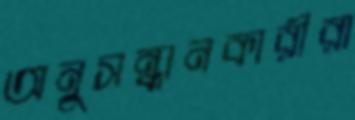
অনুসন্ধানকারীরা